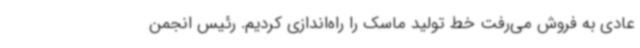
عادی به فروش می‌رفت خط تولید ماسک را راه‌اندازی کردیم. رئیس انجمن